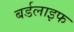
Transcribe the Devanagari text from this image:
बर्डलाइफ